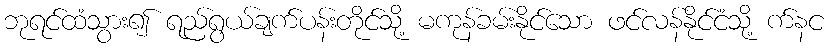
ဘုရင်ထံသွား၍ ရည်ရွယ်ချက်ပန်းတိုင်သို့ မကုန်ခမ်းနိုင်သော ဖင်လန်နိုင်ငံသို့ က်နင